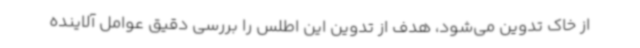
از خاک تدوین می‌شود، هدف از تدوین این اطلس را بررسی دقیق عوامل آلاینده